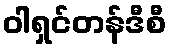
ဝါရှင်တန်ဒီစီ